system: You are a helpful assistant.
user:
Analyze the provided spectrum to determine if it is a **White Dwarf (WD)**.

A White Dwarf spectrum is defined by its **extreme purity** (due to gravitational settling) and/or **extreme pressure broadening** (due to high surface gravity). You must check for one of the following mutually exclusive signatures:

- **Key Visual Indicators (Check for ONE of these types):**

    - **1. DA-Type Signature (Most Common):**
        - **(Primary Feature):** Extreme pressure broadening (Stark broadening) of the **Hydrogen (H) Balmer lines**.
        - **(Key Lines):** $H\beta$ (approx. $4861$ Å) and $H\gamma$ (approx. $4340$ Å). $H\alpha$ (approx. $6563$ Å) will also be present if the wavelength range covers it.
        - **(Line Profile):** This is the **defining feature**. The lines are **NOT** sharp. They appear as massive, **extremely broad and deep "troughs" or "dips"** in the spectrum, often hundreds of Ångströms wide. The continuum will appear to "scoop" down at these wavelengths.
        - **(Distinction):** Normal A-type or B-type stars have *narrow* and *sharp* Hydrogen lines. A DA White Dwarf's lines are unmistakably "smeared" or "blurry" from pressure.

    - **2. DB-Type Signature:**
        - **(Primary Feature):** Broad absorption lines from **Neutral Helium (He I)**. The spectrum must lack any visible Hydrogen lines.
        - **(Key Lines):** Look for broad absorption near $4471$ Å, $4921$ Å, and $5876$ Å.
        - **(Line Profile):** These lines are also significantly pressure-broadened, appearing much wider than they would in a normal B-type main-sequence star.

    - **3. DC-Type Signature:**
        - **(Primary Feature):** A **featureless continuous spectrum**.
        - **(Line Profile):** The spectrum is a smooth curve with **no significant absorption or emission lines**.
        - **(Key Confirmation):** The continuum is almost always **blue or white**, indicating a hot object. This signature implies the atmosphere is so pure (or so cool) that no spectral lines are visible in the optical range. Its WD identity is confirmed by its extremely low intrinsic brightness (high absolute magnitude).

    - **4. DZ-Type Signature (Metal-Polluted):**
        - **(Primary Feature):** **Isolated, narrow metal absorption lines** on an otherwise featureless (DC-like) continuum.
        - **(Key Lines):** The **Calcium (Ca II) H & K doublet** (approx. **$3934$ Å** and **$3968$ Å**) is the most common and defining feature.
        - **(Line Profile):** These lines are "out of place." They are *not* part of a "forest" of thousands of lines. This signature is evidence of recent *accretion* (pollution) from rocky debris.
        - **(Distinction):** Normal G/K/M stars have a *dense forest* of thousands of metal lines. A DZ has a *clean* continuum with *only a few* strong metal lines.

    - **5. DQ-Type Signature (Carbon-Polluted):**
        - **(Primary Feature):** Absorption bands from **Carbon (C₂ "Swan Bands" or atomic C I)**.
        - **(Key Lines - C₂):** Look for bandheads with a "saw-tooth" shape near $5635$ Å, **$5165$ Å** (strongest), and $4737$ Å.
        - **(Key Confirmation):** The underlying **continuum must be blue or white** (hot).
        - **(Distinction):** This is the critical difference from a **Carbon Star**, which has the *exact same* C₂ bands but on an extremely **red, cool** continuum.

- **(Overall Spectrum):**
    - The continuum (overall shape) is typically **blue-sloping** (brighter in the blue than the red), as most white dwarfs are very hot.
    - The spectrum will look "pure" or "simple," dominated by only *one* of the five signatures listed above.

Think first, call **spectral_visualization_tool** if needed to examine features in detail, then provide your final answer. Your response must adhere to the following strict rules:
1.  **Overall Structure:** Your response must follow the format `<think>...</think> <tool_call>...</tool_call> (if a tool is used) <answer>...</answer>`.
2.  **Tool Usage Constraint:** You may only make **one** tool call per turn.
3.  **Final Answer Format:** In the `<answer>` tag, your conclusion must be inside a `\boxed{}` command (e.g., `\boxed{YES}` or `\boxed{NO}`), followed by your justification.

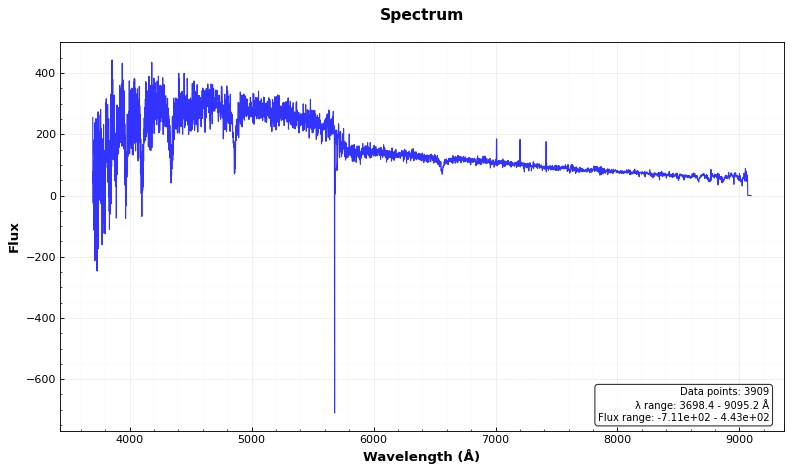
Answer: YES